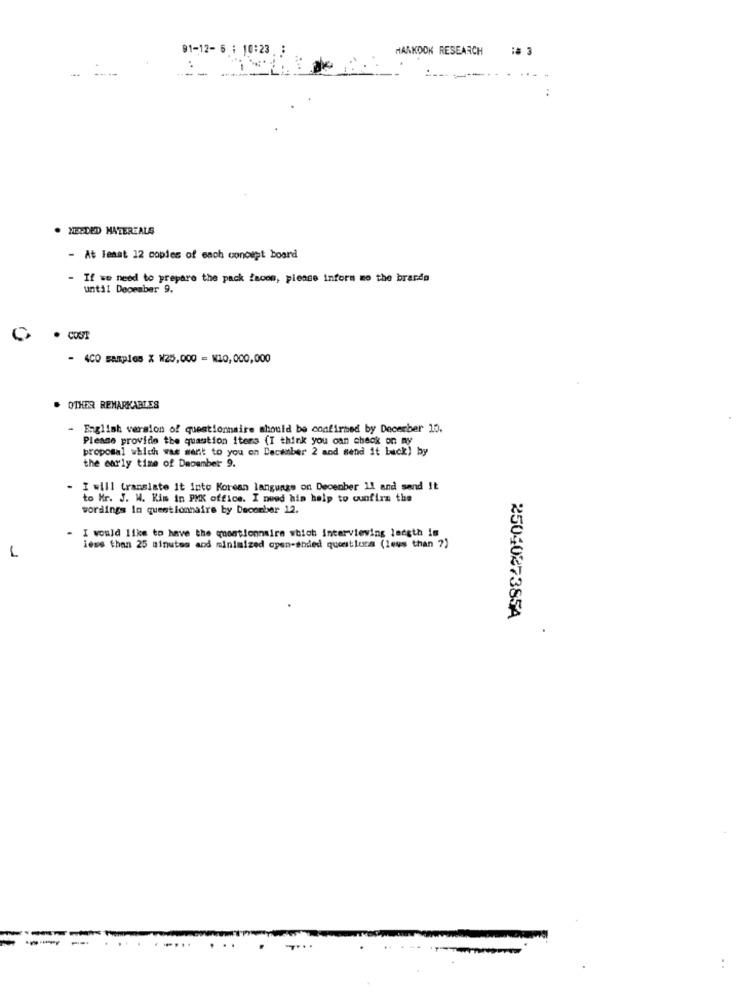
91-12- 6 : 10:23.
HANKOOK RESEARCH
--
. HERDED HATEREALS
- At least 12 copies of each concept board
- If we need to prepare the pack facom, please inform me the brands
until December 9.
. COST
- 400 samples % N25,000 - W10,000,000
OTHER REMARKABLES
- English version of questionnaire should be confirmed by December 10.
Please provide the quantion itens (I think you can check on my
proposal which was sent to you on December 2 and send it back) by
the early time of December 9.
- I will translate it Into Korean language on December 11 and send It
to Mr. J. W. Kim in PMK office. I need his help to confirm the
wordings In questionnaire by December 12.
I would like to have the questionnaire which interviewing lnegth is
less than 25 minutes and minimized open-ended questlons (leus than ?)
1
2504027385A